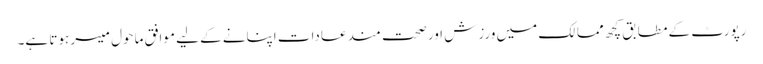
رپورٹ کے مطابق کچھ ممالک میں ورزش اور صحت مند عادات اپنانے کے لیے موافق ماحول میسر ہوتا ہے۔